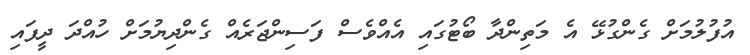
އުފުލުމަށް ގެންގުޅޭ އެ މަތިންދާ ބޯޓުގައި އެއްވެސް ފަސިންޖަރެއް ގެންދިޔުމަށް ހުއްދަ ދީފައި